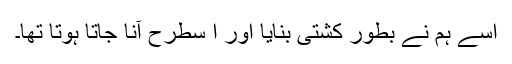
اسے ہم نے بطور کشتی بنایا اور ا سطرح آنا جاتا ہوتا تھا۔